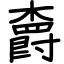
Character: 𣝣